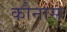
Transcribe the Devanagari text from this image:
कौनास